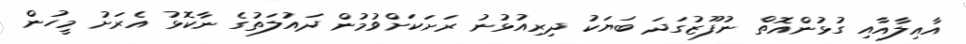
އާއިލާއާއި ގުޅުންއޮތް ނުފޫޒުގަދަ ބަޔަކު ދިރިއުޅުނު ރަށަކަށްވުމުން ދައުލަތުގެ ނާކޮޅު އެރަށު މީހުން